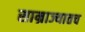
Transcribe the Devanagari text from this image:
साम्राज्यातच